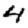
Digit: 4